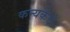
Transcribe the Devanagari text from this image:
कन्यकेचे